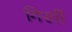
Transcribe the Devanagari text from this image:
गिरवीं